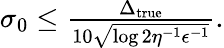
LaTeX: \begin{array}{r}{\sigma_{0}\leq\frac{\Delta_{\operatorname{true}}}{10\sqrt{\log{2\eta^{-1}\epsilon^{-1}}}}.}\end{array}